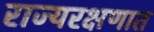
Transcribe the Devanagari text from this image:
राज्यरक्षणात